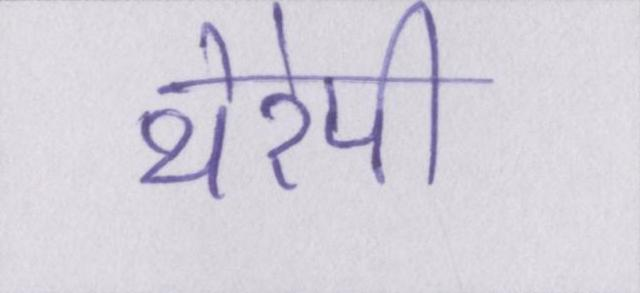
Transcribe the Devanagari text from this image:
थेरेपी